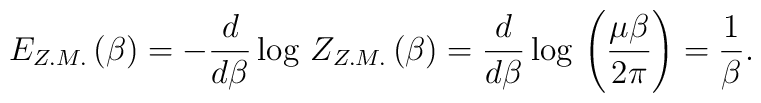
E_{Z.M.}\left( \beta \right) =-\frac{d}{d\beta }\log \, Z_{Z.M.}\left( \beta \right) =\frac{d}{d\beta }\log \, \left( \frac{\mu \beta }{2\pi }\right) =\frac{1}{\beta }.